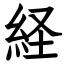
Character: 経